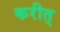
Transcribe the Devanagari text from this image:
करीत्